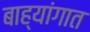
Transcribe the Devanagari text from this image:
बाह्यांगात